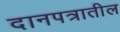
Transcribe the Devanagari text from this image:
दानपत्रातील